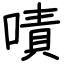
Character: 嘖